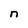
Character: n